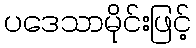
ပဒေသာမိုင်းဖြင့်